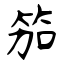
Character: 笳